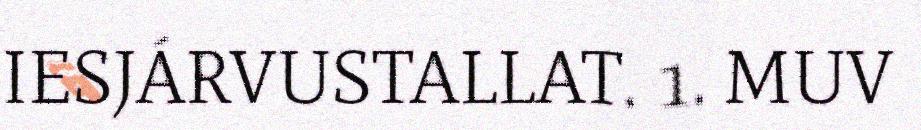
IESJÁRVUSTALLAT. 1. MUV